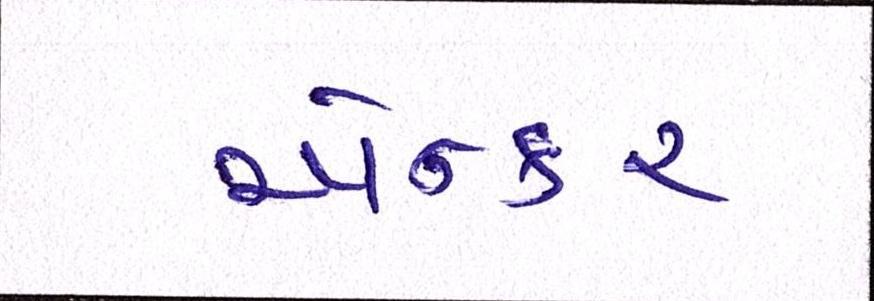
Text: એન્કર